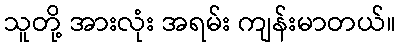
သူတို့ အားလုံး အရမ်း ကျန်းမာတယ်။